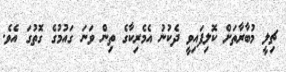
ޗިލީ މުބާރާތަށް ކޮލިފައިވީ ދެކުނު އެމެރިކާގެ ތިން ވަނަ ގައުމުގެ ގޮތުގަ އެވެ.